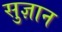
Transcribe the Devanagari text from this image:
सुज्ञान